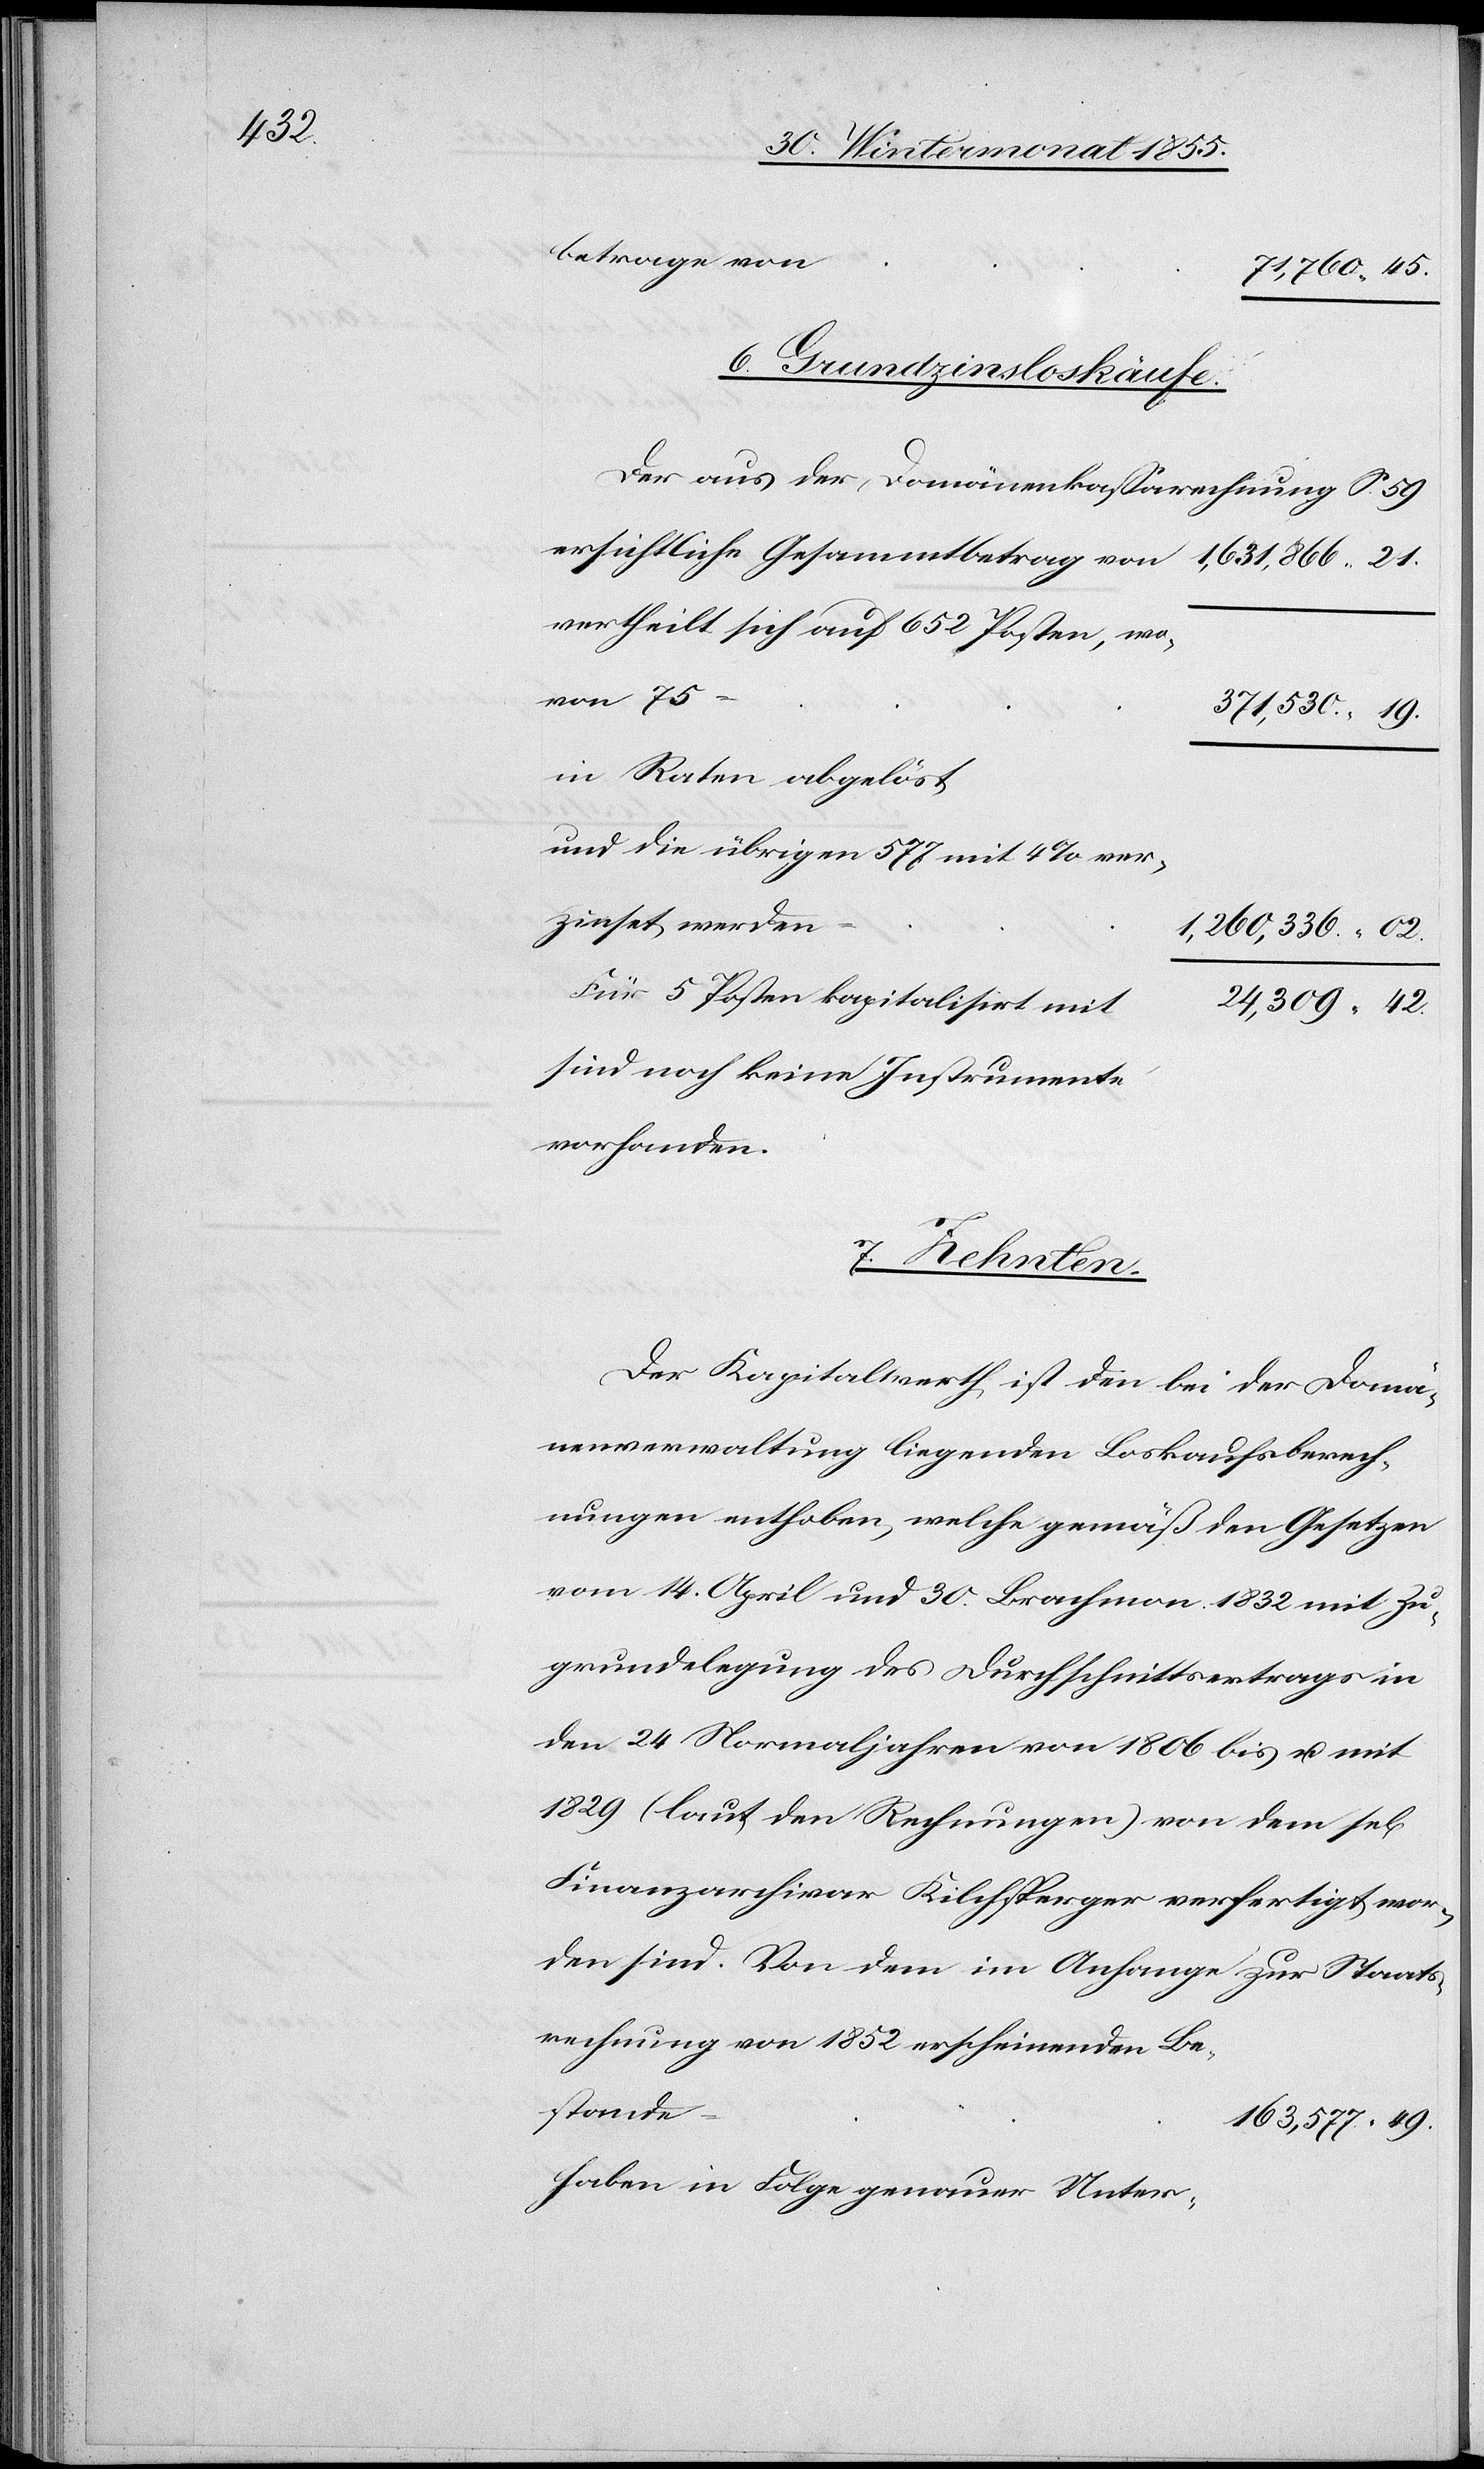
betrage von
71,760.
6. Grundzinsloskäufe.
Der aus der Domänenkassarechnung S. 59
ersichtliche Gesammtbetrag von
1,631,866.
vertheilt sich auf 652 Posten, wo¬
von 75
371,530.
in Raten abgelöst
und die übrigen 577 mit 4% ver¬
zinset werden
1,260,336.
Für 5 Posten kapitalisiert mit
sind noch keine Instrumente
vorhanden.
rechnung
Der Kapitalwerth ist den bei der Domä¬
nenverwaltung liegenden Loskaufsberech¬
nungen enthoben, welche gemäß den Gesetzen
vom 14. April und 30. Brachmon. 1832 mit Zu¬
grundelegung des Durchschnittsertrags in
den 24 Normaljahren von 1806 bis u. mit
1829 (laut den Rechnungen) von dem sel[igen]
Finanzarchivar Kilchsperger verfertigt wor¬
den sind. Von dem im Anhange zur Staats¬
Bestande
163,577.
haben in Folge genauer Unter-